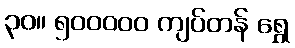
၃၀။ ၅၀၀၀၀၀ ကျပ်တန် ရွှေ